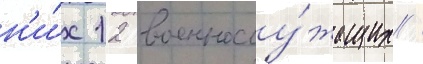
н'и́х 12 военнослу́жащих /